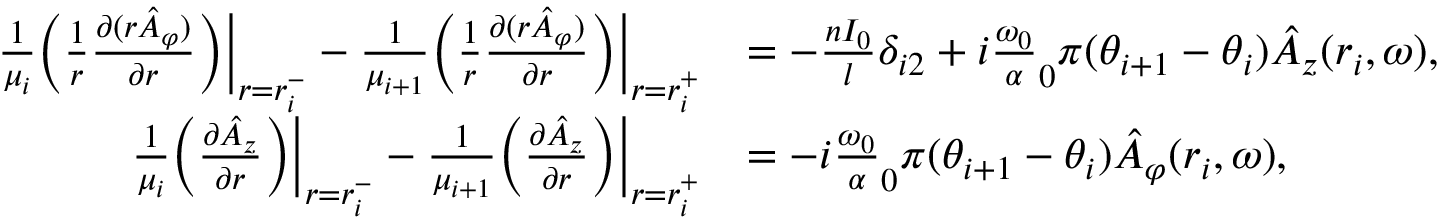
\begin{array} { r l } { \frac { 1 } { \mu _ { i } } \bigg ( \frac { 1 } { r } \frac { \partial ( r \hat { A } _ { \varphi } ) } { \partial r } \bigg ) \bigg | _ { r = r _ { i } ^ { - } } - \frac { 1 } { \mu _ { i + 1 } } \bigg ( \frac { 1 } { r } \frac { \partial ( r \hat { A } _ { \varphi } ) } { \partial r } \bigg ) \bigg | _ { r = r _ { i } ^ { + } } } & { = - \frac { n I _ { 0 } } { l } \delta _ { i 2 } + i \frac { \omega _ { 0 } } \alpha _ { 0 } { \pi } ( \theta _ { i + 1 } - \theta _ { i } ) \hat { A } _ { z } ( r _ { i } , \omega ) , } \\ { \frac { 1 } { \mu _ { i } } \bigg ( \frac { \partial \hat { A } _ { z } } { \partial r } \bigg ) \bigg | _ { r = r _ { i } ^ { - } } - \frac { 1 } { \mu _ { i + 1 } } \bigg ( \frac { \partial \hat { A } _ { z } } { \partial r } \bigg ) \bigg | _ { r = r _ { i } ^ { + } } } & { = - i \frac { \omega _ { 0 } } \alpha _ { 0 } { \pi } ( \theta _ { i + 1 } - \theta _ { i } ) \hat { A } _ { \varphi } ( r _ { i } , \omega ) , } \end{array}